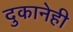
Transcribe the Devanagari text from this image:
दुकानेही